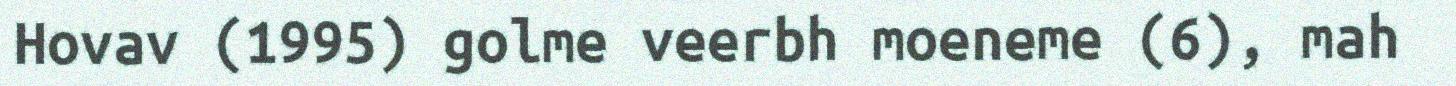
Hovav (1995) golme veerbh moeneme (6), mah